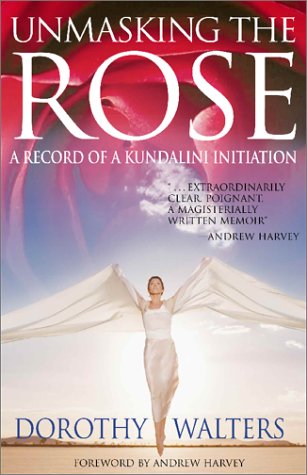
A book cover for Unmasking the Rose: A Record of a Kundalini Initiation; Dorothy Walters; Religion & Spirituality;